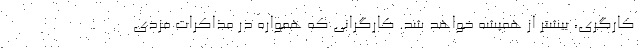
کارگری، بیشتر از همیشه خواهد شد. کارگرانی که همواره در مذاکرات مزدی